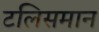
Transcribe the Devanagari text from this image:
टलिसमान